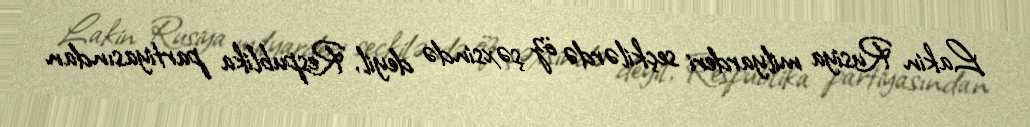
Lakin Rusiya milyarderi seçkilərdə öz şəxsində deyil, Respublika partiyasından